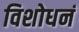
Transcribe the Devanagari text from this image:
विशोधनं